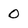
Character: 0